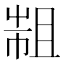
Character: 𢄄